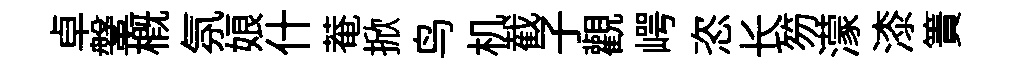
卓鞶槪氛娘什菴掀鸟机截子觀崿恣长笏濛漆簀